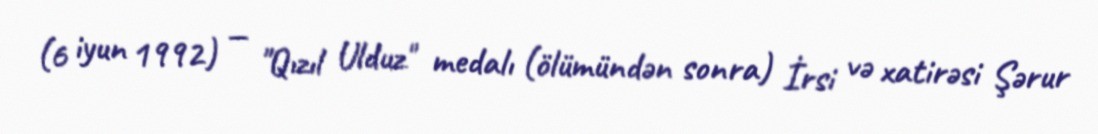
(6 iyun 1992) — "Qızıl Ulduz" medalı (ölümündən sonra) İrsi və xatirəsi Şərur